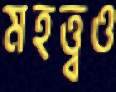
মহত্ত্বও